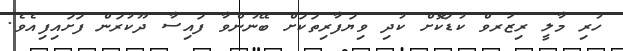
ހުރި މާލީ ރިޒަރވް ކުޑަކޮށް ކުދި ވިޔަފާރިތަކަށް ބޭނުންވާ ފައިސާ ދޫކުރަން ފަށައިފިއެވެ.